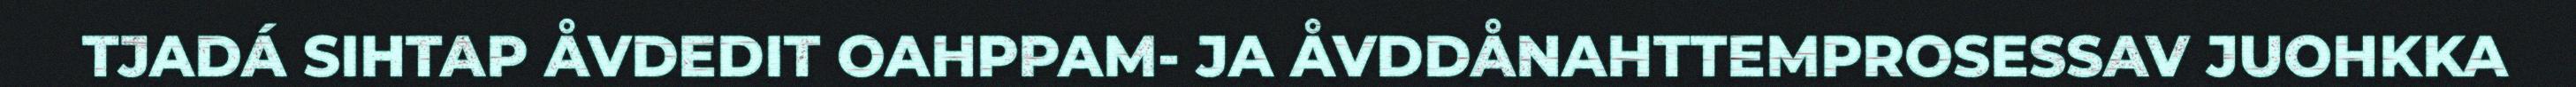
TJADÁ SIHTAP ÅVDEDIT OAHPPAM- JA ÅVDDÅNAHTTEMPROSESSAV JUOHKKA